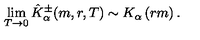
\lim _ { T \rightarrow 0 } \hat { K } _ { \alpha } ^ { \pm } ( m , r , T ) \sim K _ { \alpha } \left( r m \right) .